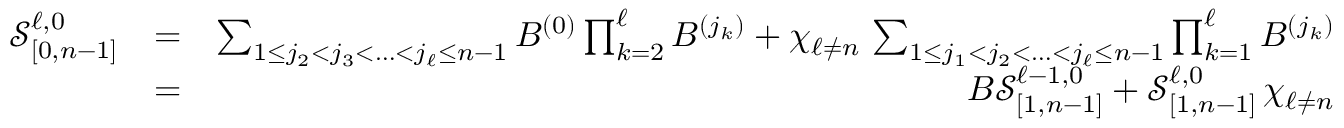
\begin{array} { r l r } { \mathcal { S } _ { [ 0 , n - 1 ] } ^ { \ell , 0 } } & { = } & { \sum _ { 1 \leq j _ { 2 } < j _ { 3 } < \ldots < j _ { \ell } \leq n - 1 } B ^ { ( 0 ) } \prod _ { k = 2 } ^ { \ell } B ^ { ( j _ { k } ) } + \chi _ { \ell \neq n } \, \sum _ { 1 \leq j _ { 1 } < j _ { 2 } < \ldots < j _ { \ell } \leq n - 1 } \prod _ { k = 1 } ^ { \ell } B ^ { ( j _ { k } ) } } \\ & { = } & { B \mathcal { S } _ { [ 1 , n - 1 ] } ^ { \ell - 1 , 0 } + \mathcal { S } _ { [ 1 , n - 1 ] } ^ { \ell , 0 } \, \chi _ { \ell \neq n } } \end{array}